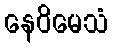
နေဝိမေသံ